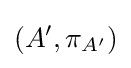
(A',\pi _{A'})